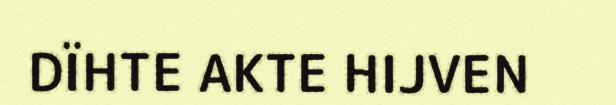
DÏHTE AKTE HIJVEN